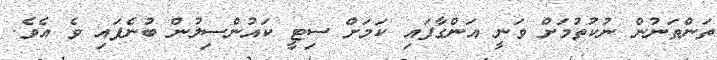
ތަންތަނުން ނުކުތުމަށް ވަނީ އަންގާފައި ކަމަށް ސިޓީ ކައުންސިލުން ބުނެފައި ވެ އެވެ.